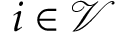
i \in \mathcal { V }